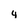
Character: y